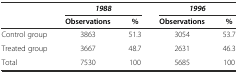
<table><thead><tr><td></td><td colspan="2"><b><i>1988</i></b></td><td colspan="2"><b><i>1996</i></b></td></tr><tr><td></td><td><b>Observations</b></td><td><b>%</b></td><td><b>Observations</b></td><td><b>%</b></td></tr></thead><tbody><tr><td>Control group</td><td>3863</td><td>51.3</td><td>3054</td><td>53.7</td></tr><tr><td>Treated group</td><td>3667</td><td>48.7</td><td>2631</td><td>46.3</td></tr><tr><td>Total</td><td>7530</td><td>100</td><td>5685</td><td>100</td></tr></tbody></table>